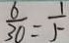
\frac { 6 } { 3 0 } = \frac { 1 } { 5 }